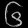
Digit: ၆